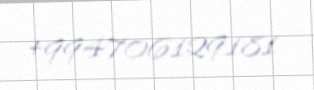
+994706129181